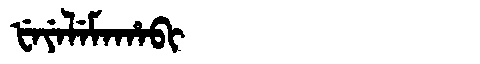
Manchu: ᡶᡝᠶᡝᠯᡝᠮᠠᡥᠠᠪᡳ
Romanization: FEYELEMAHABI